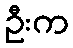
ဦးက